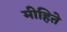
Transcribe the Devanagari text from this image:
मीहिते